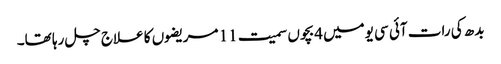
بدھ کی رات آئی سی یومیں 4بچوں سمیت 11 مریضوں کا علاج چل رہا تھا۔